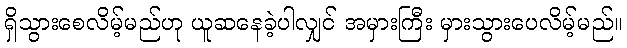
ရှိသွားစေလိမ့်မည်ဟု ယူဆနေခဲ့ပါလျှင် အမှားကြီး မှားသွားပေလိမ့်မည်။